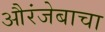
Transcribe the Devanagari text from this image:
औरंजेबाचा